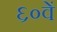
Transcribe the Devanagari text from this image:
६०वें